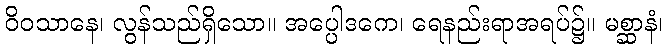
ဝိဝသာနေ၊ လွန်သည်ရှိသော။ အပ္ပေါဒကေ၊ ရေနည်းရာအရပ်၌။ မစ္ဆာနံ၊